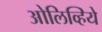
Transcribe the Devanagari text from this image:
ओलिव्हिये